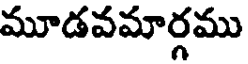
మూడవమార్గము